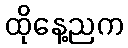
ထိုနေ့ညက